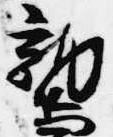
鷲